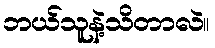
ဘယ်သူနဲ့သိတာလဲ။